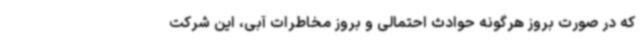
که در صورت بروز هرگونه حوادث احتمالی و بروز مخاطرات آبی، این شرکت